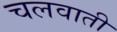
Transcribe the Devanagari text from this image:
चलवाती